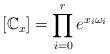
LaTeX: \begin{align*}[\mathbb C_x] = \prod_{i=0}^r e^{x_i \omega_i}\end{align*}